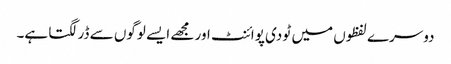
دوسرے لفظوں میں ٹو دی پوائنٹ اور مجھے ایسے لوگوں سے ڈر لگتا ہے۔